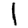
Digit: 1